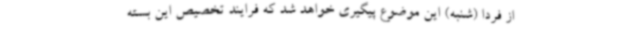
از فردا (شنبه) این موضوع پیگیری خواهد شد که فرایند تخصیص این بسته